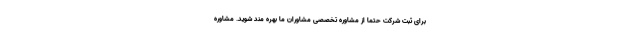
برای ثبت شرکت حتما از مشاوره تخصصی مشاوران ما بهره مند شوید. مشاوره